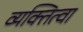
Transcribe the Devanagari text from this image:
व्यक्तित्वा